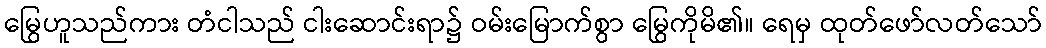
မြွေဟူသည်ကား တံငါသည် ငါးဆောင်းရာ၌ ဝမ်းမြောက်စွာ မြွေကိုမိ၏။ ရေမှ ထုတ်ဖော်လတ်သော်